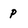
Character: p